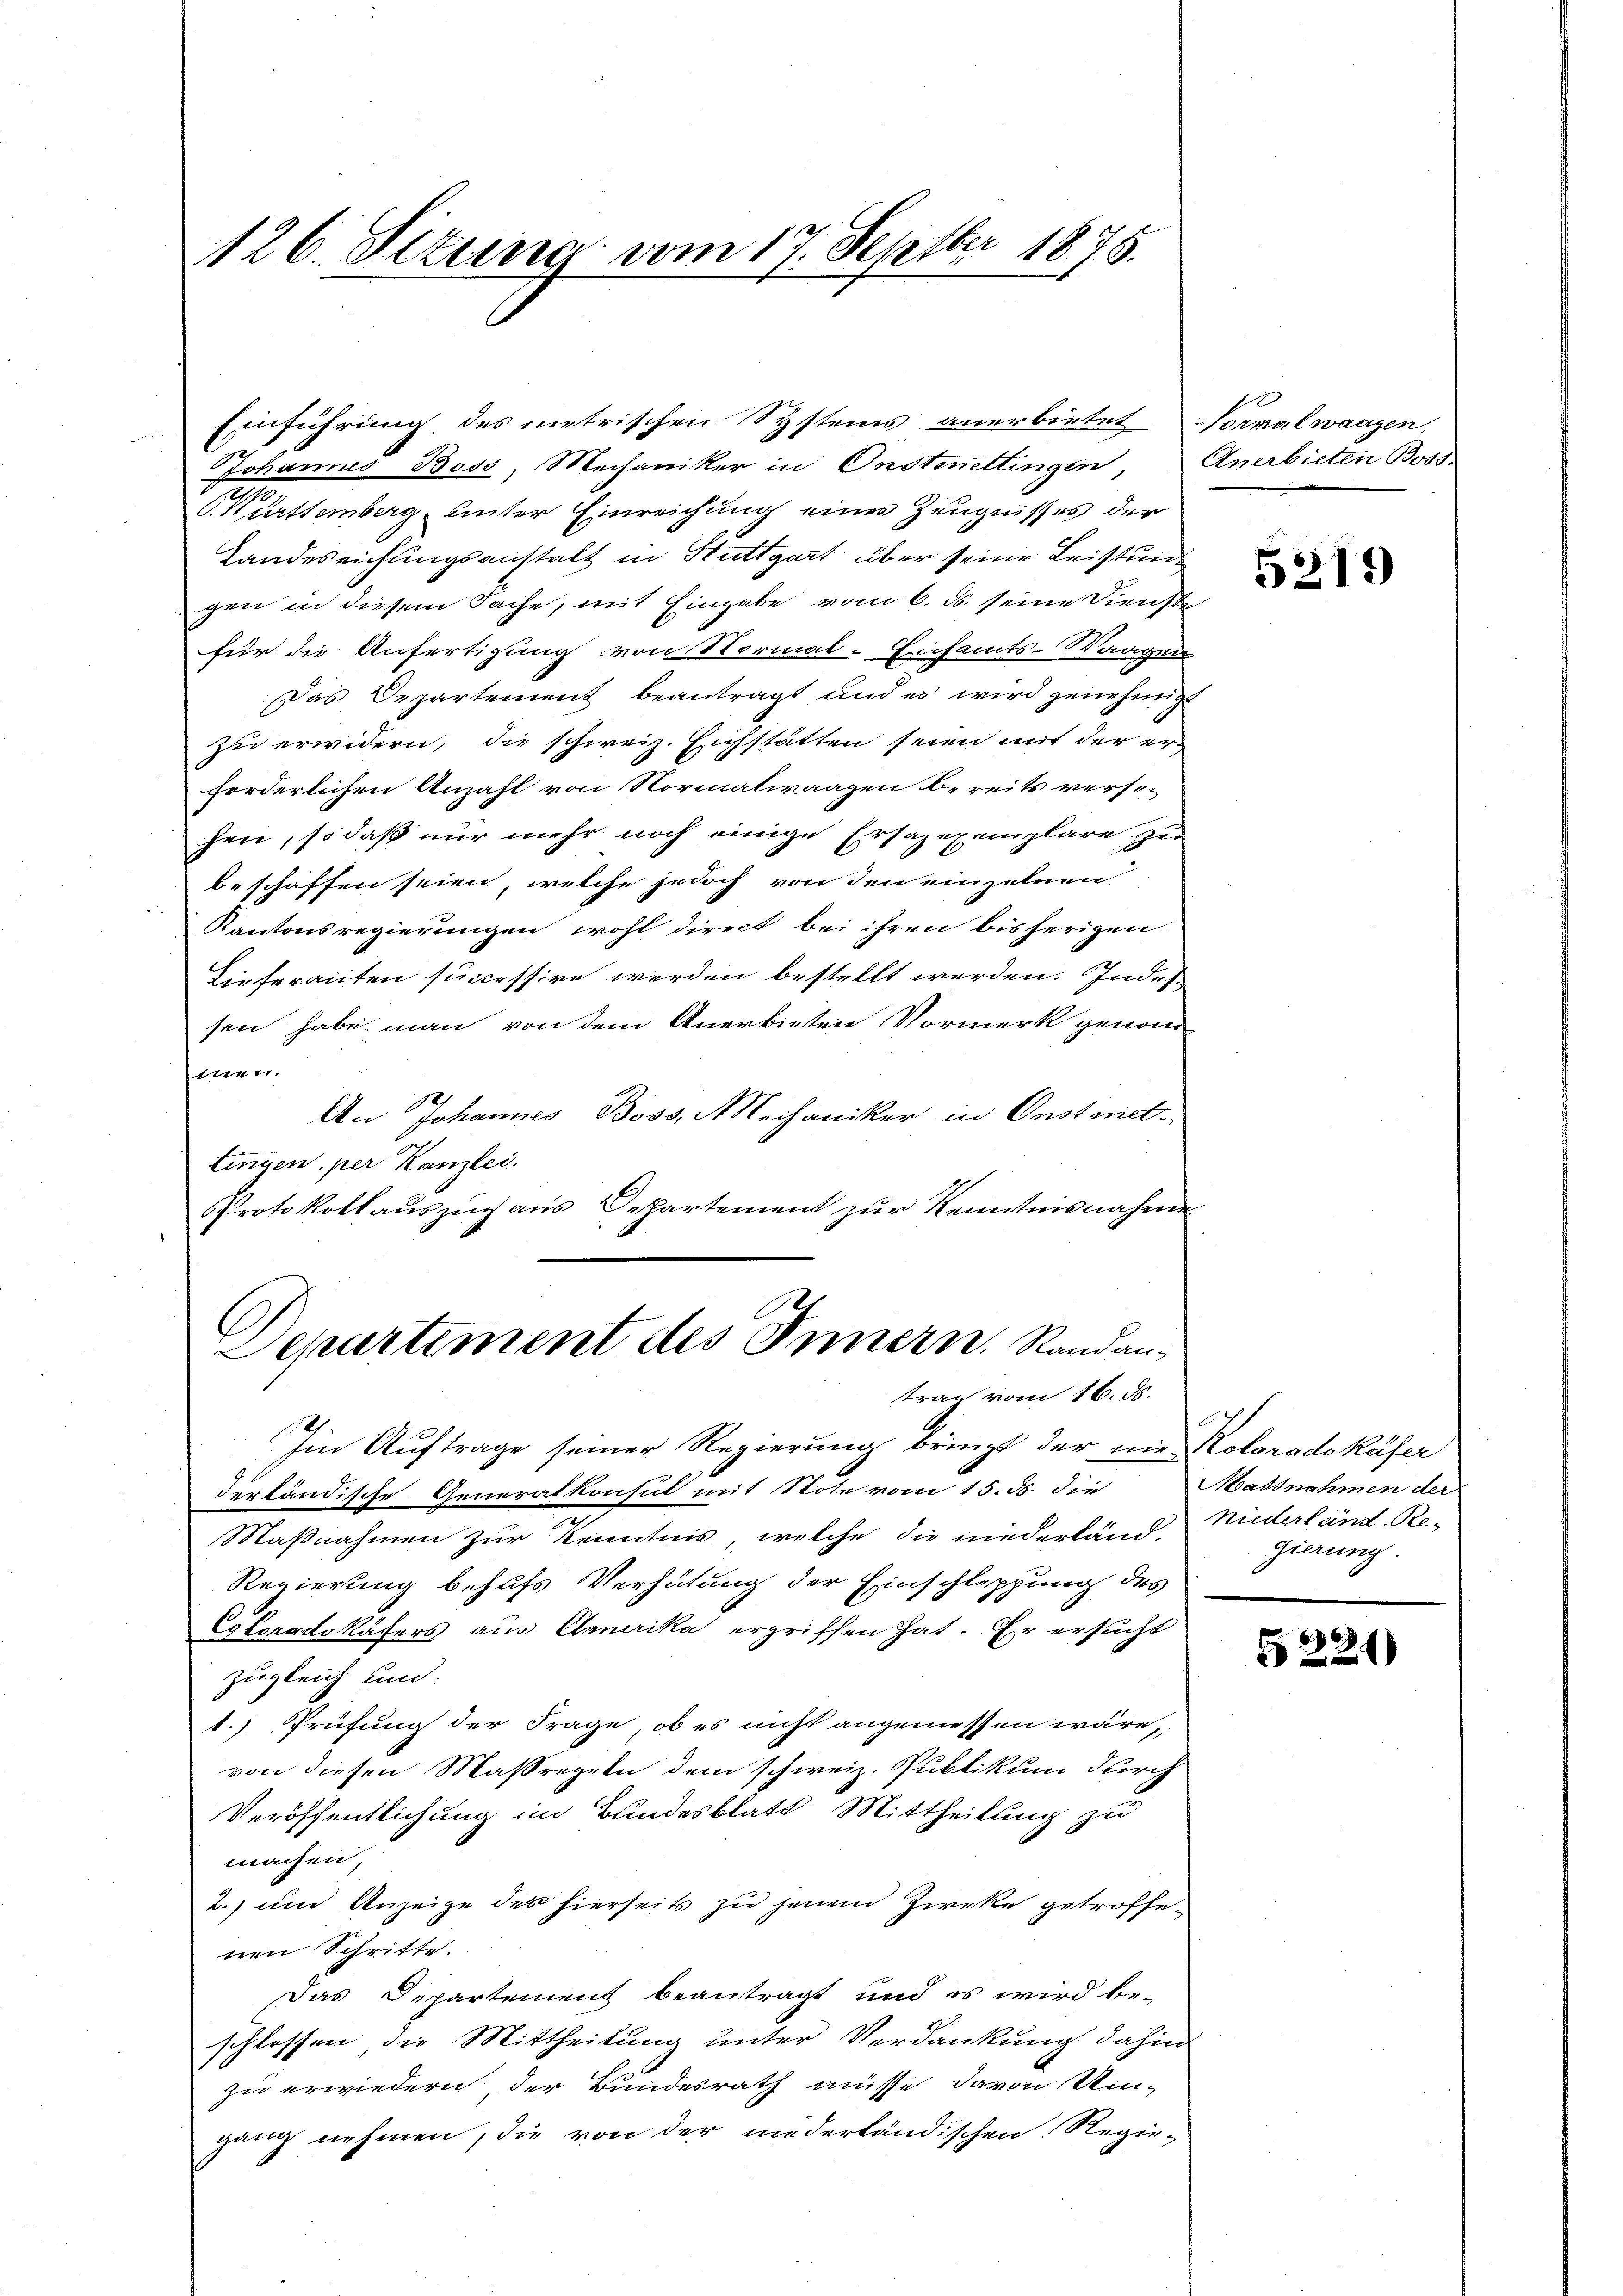
126. Situng vom 17. Septbr 1875.

Einführung des metrischen Systems anerbietet Vormalwaagen,
Johannes Boss, Mechaniker in Onstenettingen Anerbieten Boss
V. Württemberg unter Einreichung eines Zeugnisses der
Landereichungsanstalt in Stuttgart über seine Leistung
gen in diesem Sache, mit Eingabe vom 6. ds. seine Dienste
für die Anfertigung von Normal-Einsamts-Waagen
Das Departement beantragt und es wird genehmigt
zu erwidern, die schweiz. Eichstätten seien mit der erforderlichen Anzahl von Normalwaagen bereits verst-
hen, so daß nur mehr noch einige Ersazexemplare zu
beschaffen seien, welche jedoch von den einzelnen
Kantonsregierungen wohl direct bei ihren bisherigen
Lieferanten successire werden bestellt werden. Indes
sen habe man von dem Anerbieten Vormerk genom
mnen.
An Johannes Boss, Mechaniker in Oestrict.
tingen, per Kanzlei.
Protokollauszug aus Departement zur Kenntnisnahme
Departement des Innern. Randantrag vom 16. ds.
Im Auftrage seiner Regierung bringt der nie Koloradokäfer
derländische Generalkonsul mit Note vom 15. ds. die
Maßnahmen zur Kenntnis, welche die niederland-
Regierung behufs Verhütung der Einschleppung des
Coloradokäfers aus Amerika ergriffen hat. Er ersucht
zugleich und
1.) Prüfung der Frage, ob es nicht angemessen wäre,
von diesen Massregeln dem schweiz. Publikum durch
Veröffentlichung im Bundesblatt Mittheilung zu
machen,
2.) um Anzeige des hierseits zu jenem Zircke getroffenen Schritte.
Das Departement beantragt und es wird be-
schlossen die Mittheilung unter Verdankung dahin
zu erwiedern, der Bundesrath müsse davon Uin-
gang nehmen, die von der niederländischen Regie¬

5219

Massnahmen der
niederland. Regierung.

§ 224)